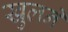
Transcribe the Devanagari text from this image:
खुलनें